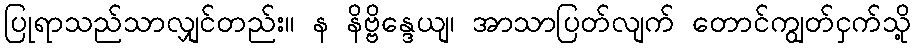
ပြုရာသည်သာလျှင်တည်း။ န နိဗ္ဗိန္ဒေယျ၊ အာသာပြတ်လျက် တောင်ကျွတ်ငှက်သို့